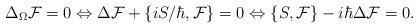
LaTeX: \begin{align*} \Delta_\Omega\mathcal{F} = 0 \Leftrightarrow \Delta\mathcal{F} + \{iS/\hbar,\mathcal{F}\} = 0 \Leftrightarrow \{S,\mathcal{F}\} - i\hbar\Delta\mathcal{F} = 0.\end{align*}